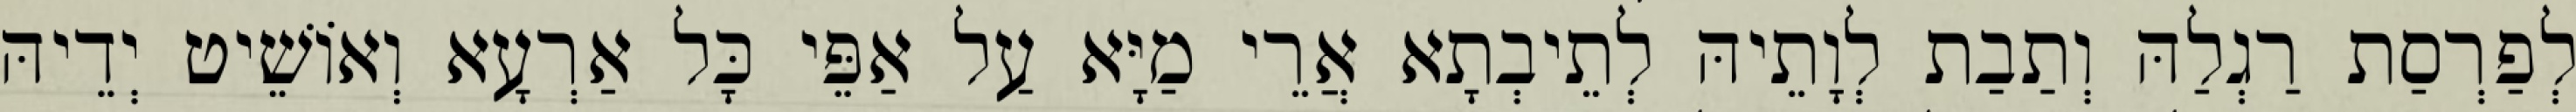
לְפַרְסַת רַגְלַהּ וְתַבַת לְוָתֵיהּ לְתֵיבְתָא אֲרֵי מַיָּא עַל אַפֵּי כָּל אַרְעָא וְאוֹשֵׁיט יְדֵיהּ